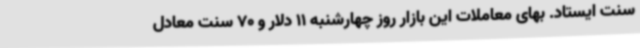
سنت ایستاد. بهای معاملات این بازار روز چهارشنبه 11 دلار و 70 سنت معادل